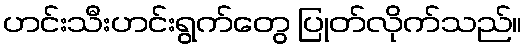
ဟင်းသီးဟင်းရွက်တွေ ပြုတ်လိုက်သည်။